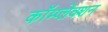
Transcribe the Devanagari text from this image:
कॉम्प्लेक्शन